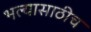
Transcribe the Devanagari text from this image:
भल्यासाठीच